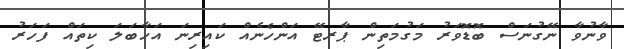
ވާނުވާ ނޭގުނަސް ބޮޑޮވަރު މަގުމަތިން ޕާރޓޭ އަންހެނެއް ކައިރިނަ އަހާބަލަ ކިތައް ފަހަރު